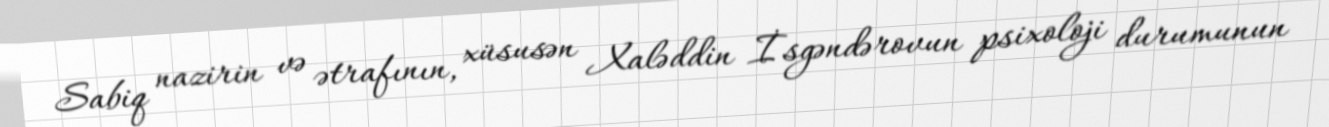
Sabiq nazirin və ətrafının, xüsusən Xaləddin İsgəndərovun psixoloji durumunun